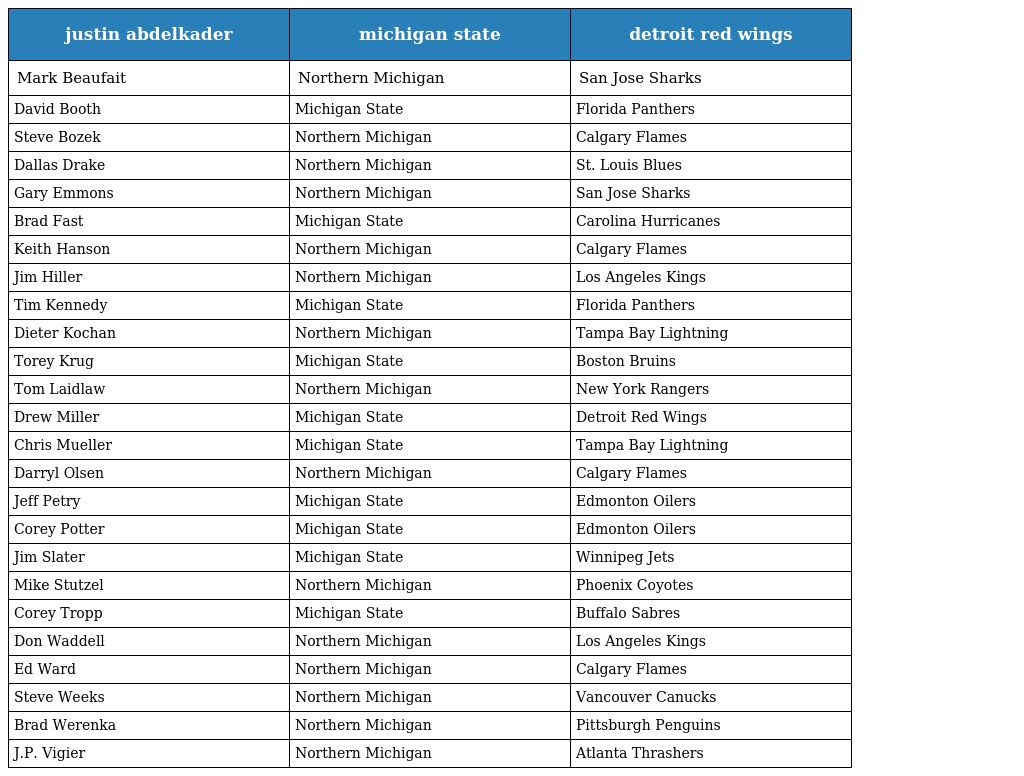
| justin abdelkader | michigan state | detroit red wings |
 | --- | --- | --- |
 | Mark Beaufait | Northern Michigan | San Jose Sharks |
 | David Booth | Michigan State | Florida Panthers |
 | Steve Bozek | Northern Michigan | Calgary Flames |
 | Dallas Drake | Northern Michigan | St. Louis Blues |
 | Gary Emmons | Northern Michigan | San Jose Sharks |
 | Brad Fast | Michigan State | Carolina Hurricanes |
 | Keith Hanson | Northern Michigan | Calgary Flames |
 | Jim Hiller | Northern Michigan | Los Angeles Kings |
 | Tim Kennedy | Michigan State | Florida Panthers |
 | Dieter Kochan | Northern Michigan | Tampa Bay Lightning |
 | Torey Krug | Michigan State | Boston Bruins |
 | Tom Laidlaw | Northern Michigan | New York Rangers |
 | Drew Miller | Michigan State | Detroit Red Wings |
 | Chris Mueller | Michigan State | Tampa Bay Lightning |
 | Darryl Olsen | Northern Michigan | Calgary Flames |
 | Jeff Petry | Michigan State | Edmonton Oilers |
 | Corey Potter | Michigan State | Edmonton Oilers |
 | Jim Slater | Michigan State | Winnipeg Jets |
 | Mike Stutzel | Northern Michigan | Phoenix Coyotes |
 | Corey Tropp | Michigan State | Buffalo Sabres |
 | Don Waddell | Northern Michigan | Los Angeles Kings |
 | Ed Ward | Northern Michigan | Calgary Flames |
 | Steve Weeks | Northern Michigan | Vancouver Canucks |
 | Brad Werenka | Northern Michigan | Pittsburgh Penguins |
 | J.P. Vigier | Northern Michigan | Atlanta Thrashers |